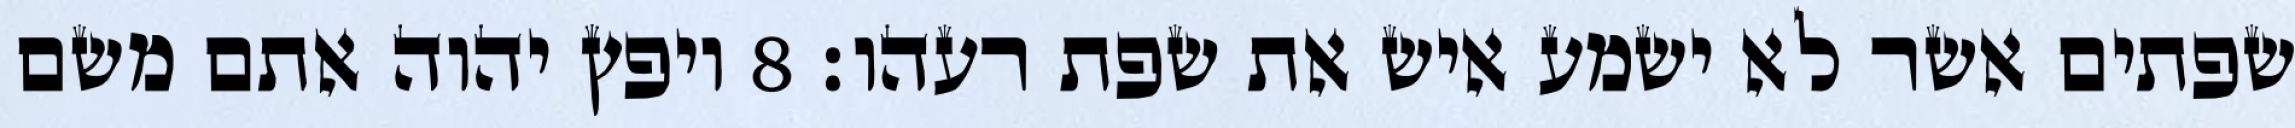
שפתים אשר לא ישמע איש את שפת רעהו׃ ‎8‏ ויפץ יהוה אתם משם